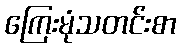
ကြေးမုံသတင်းစာ